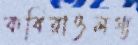
কবিরাওলগ্য